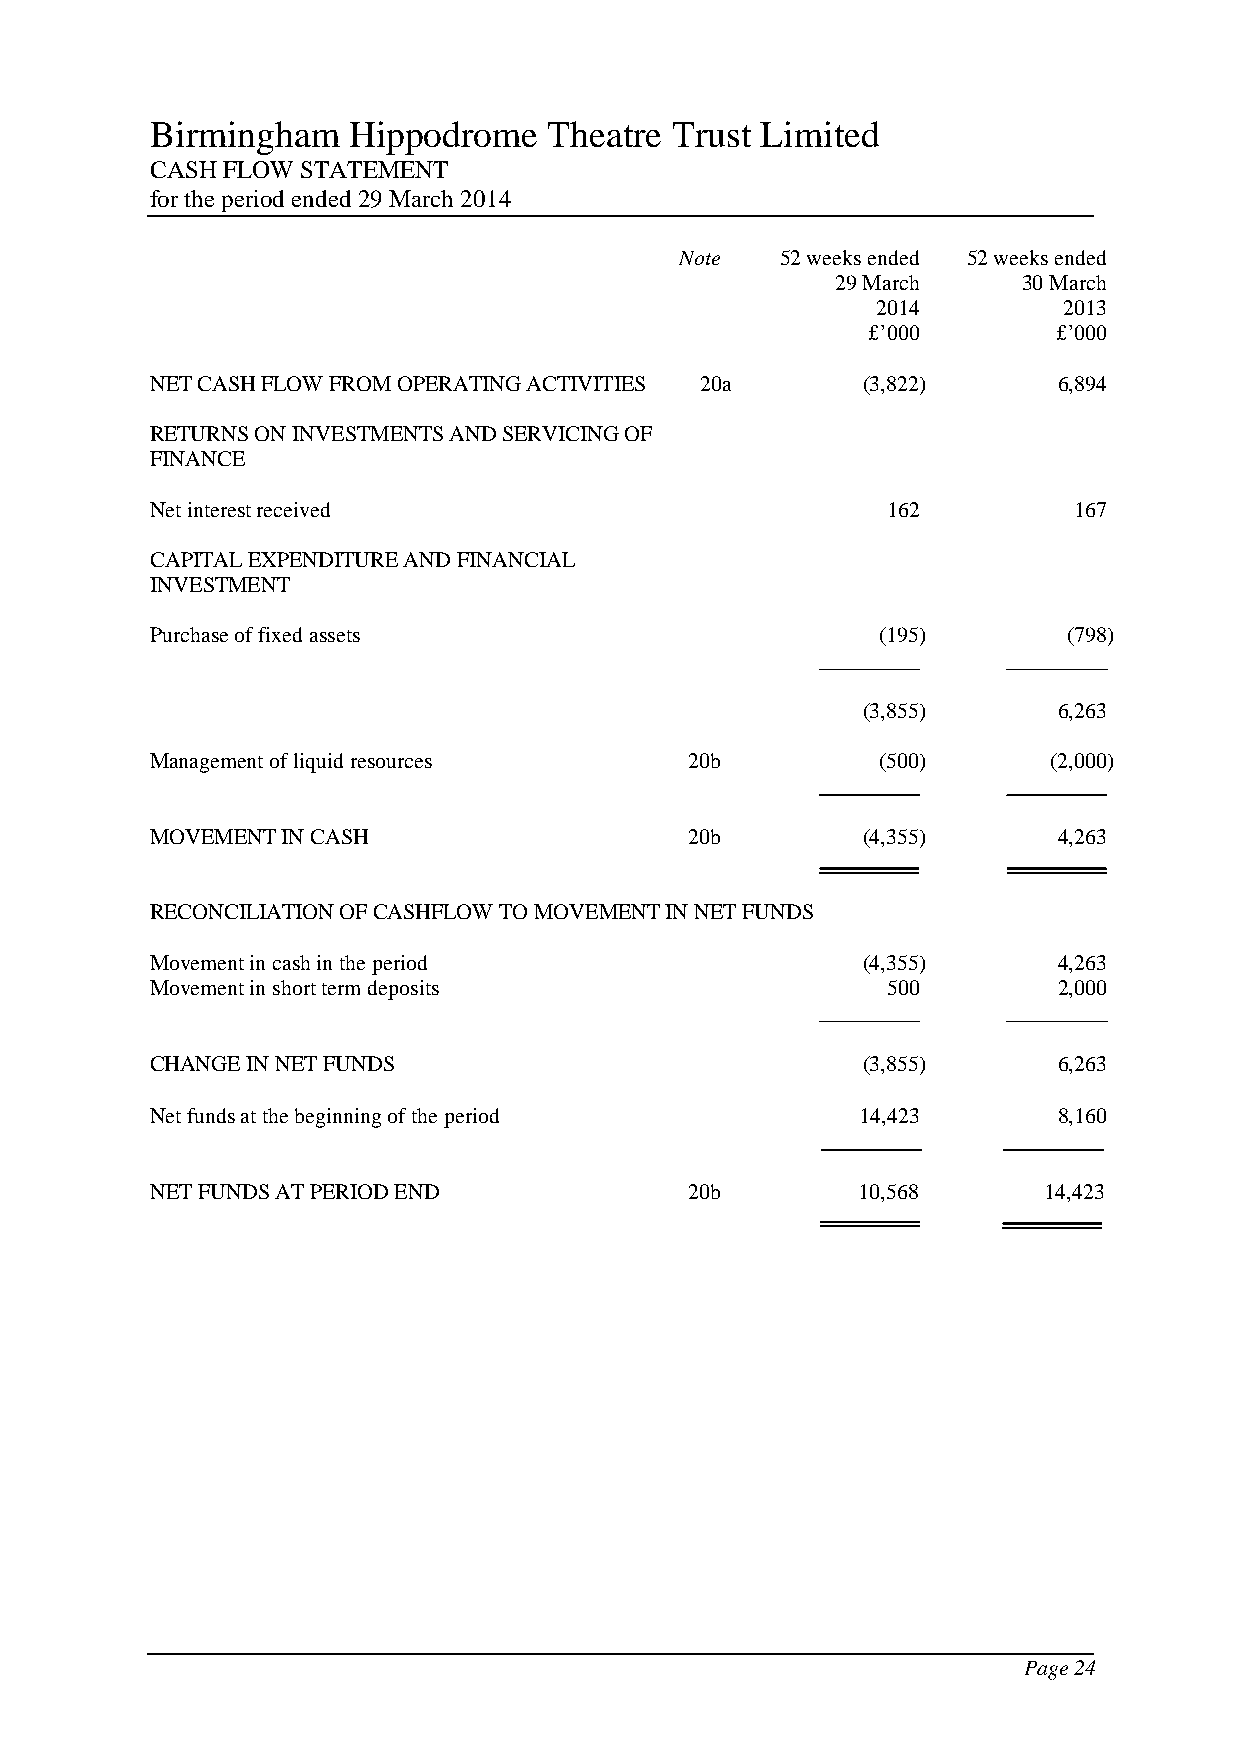
Birmingham   Hippodrome   Theatre Trust Limited
 CASH FLOW STATEMENT
 for the period ended 29 March 2014
 Note   52 weeks ended 52 weeks ended
 29 March     30 March
 2014        2013
 £’000        £’000
 NET CASH FLOW FROM OPERATING ACTIVITIES 20a    (3,822)      6,894
 RETURNS ON INVESTMENTS AND SERVICING OF
 FINANCE
 Net interest received                            162         167
 CAPITAL EXPENDITURE AND FINANCIAL
 INVESTMENT
 Purchase of fixed assets                        (195)        (798)
 (3,855)      6,263
 Management of liquid resources     20b          (500)      (2,000)
 MOVEMENT IN CASH                   20b         (4,355)      4,263
 RECONCILIATION OF CASHFLOW TO MOVEMENT IN NET FUNDS
 Movement in cash in the period                 (4,355)      4,263
 Movement in short term deposits                  500        2,000
 CHANGE IN NET FUNDS                            (3,855)      6,263
 Net funds at the beginning of the period       14,423       8,160
 NET FUNDS AT PERIOD END            20b         10,568      14,423
 Page 24